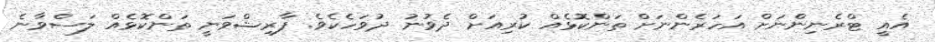
އެއީ ޓްރެނިންނަށް އަހަރެންނަށް ތަންކޮޅެއް ކުރިއަށް ދެވުނު ދުވަހެކެވެ. ފާރިޝްވަނީ ތަންކޮޅެއް ލަސްވާނެ